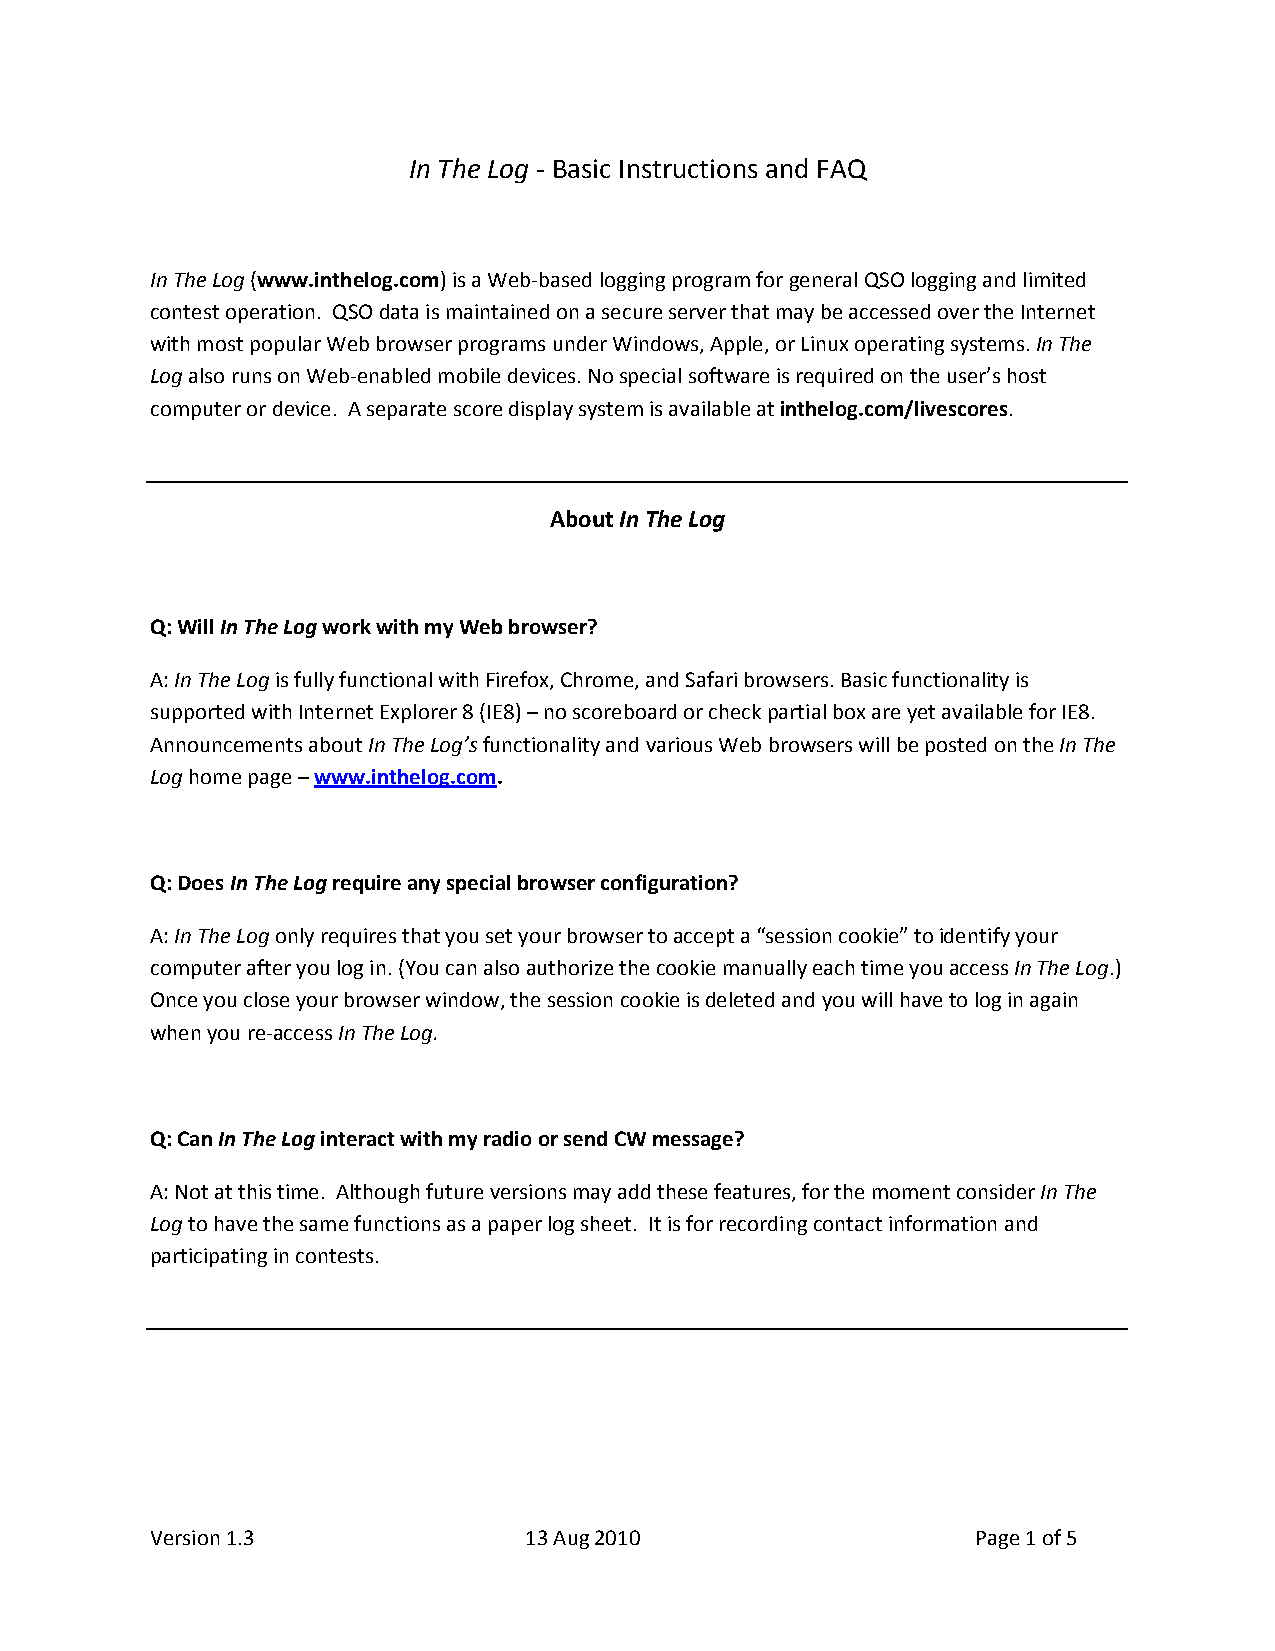
In The Log ‐ Basic Instructions and FAQ
 In The Log (www.inthelog.com) is a Web‐based logging program for general QSO logging and limited
 contest operation. QSO data is maintained on a secure server that may be accessed over the Internet
 with most popular Web browser programs under Windows, Apple, or Linux operating systems. In The
 Log also runs on Web‐enabled mobile devices. No special software is required on the user’s host
 computer or device. A separate score display system is available at inthelog.com/livescores.
 About In The Log
 Q: Will In The Log work with my Web browser?
 A: In The Log is fully functional with Firefox, Chrome, and Safari browsers. Basic functionality is
 supported with Internet Explorer 8 (IE8) – no scoreboard or check partial box are yet available for IE8.
 Announcements about In The Log’s functionality and various Web browsers will be posted on the In The
 Log home page – www.inthelog.com.
 Q: Does In The Log require any special browser configuration?
 A: In The Log only requires that you set your browser to accept a “session cookie” to identify your
 computer after you log in. (You can also authorize the cookie manually each time you access In The Log.)
 Once you close your browser window, the session cookie is deleted and you will have to log in again
 when you re‐access In The Log.
 Q: Can In The Log interact with my radio or send CW message?
 A: Not at this time. Although future versions may add these features, for the moment consider In The
 Log to have the same functions as a paper log sheet. It is for recording contact information and
 participating in contests.
 Version 1.3              13 Aug 2010                   Page 1 of 5